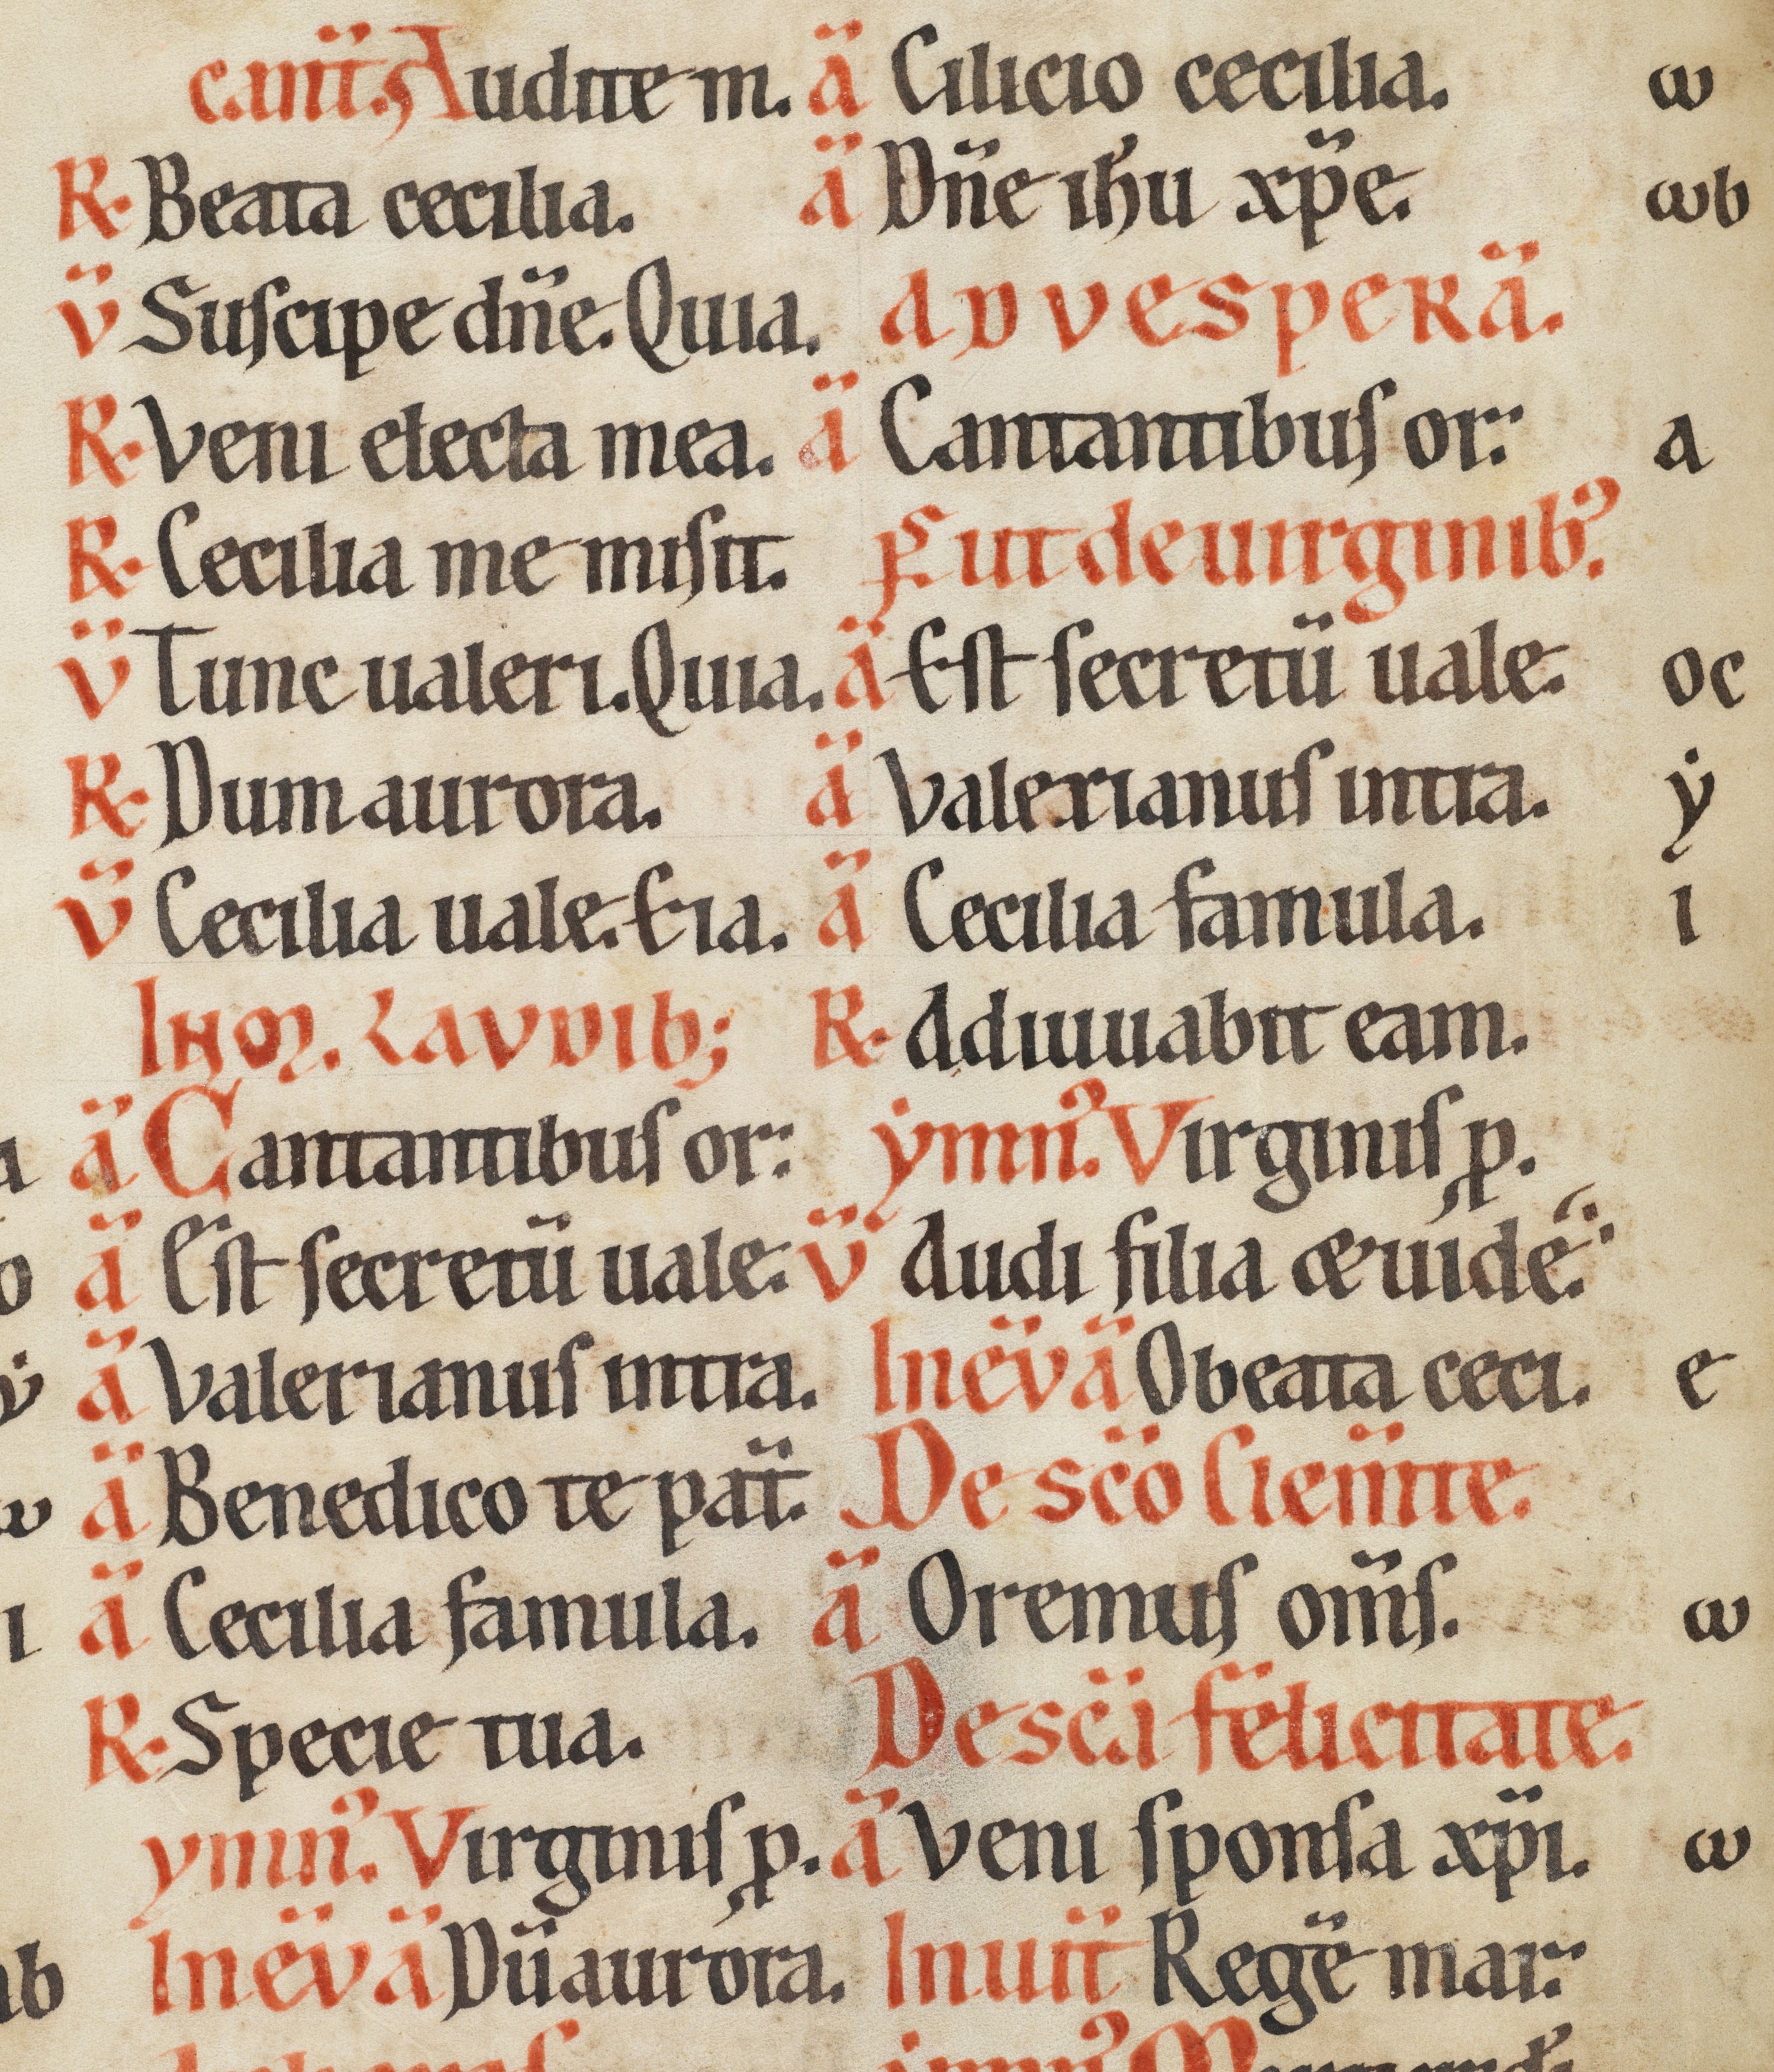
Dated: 1170–1230